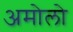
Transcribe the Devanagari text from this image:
अमोलो